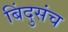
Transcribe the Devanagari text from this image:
बिंदुसंच